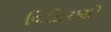
વિકિરણો